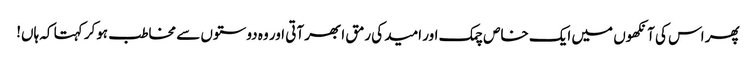
پھر اس کی آنکھوں میں ایک خاص چمک اور امید کی رمق ابھر آتی اور وہ دوستوں سے مخاطب ہوکر کہتا کہ ہاں!